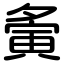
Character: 夤